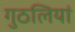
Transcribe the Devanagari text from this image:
गुठलियां